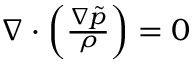
\begin{array} { r } { \nabla \cdot \left( \frac { \nabla \tilde { p } } { \rho } \right) = 0 } \end{array}